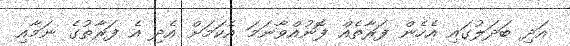
އަދި ބަދަލުގައި އެހެން ފަރާތެއް ފޮނުއްވާނަމަ އެކަމަށް އެދި އެ ފަރާތުގެ ނަމާއި